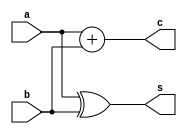
`timescale 1ns / 1ps

module halfadder(a,b,c,s);

input a,b;
output c,s;

assign s=a^b;
assign c=a+b;

endmodule

module fulladder (x,y,z,sum,carry);

input x,y,z;
wire g, h, j;
output sum, carry;

halfadder a1 (.a(x), .b(y), .c(g), .s(h));
halfadder a2 (.a(h), .b(z), .c(j), .s(sum));
assign carry = j +g;

endmodule